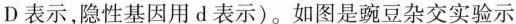
D表示，隐性基因用d表示)。如图是豌豆杂交实验示